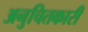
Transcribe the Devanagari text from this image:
अनुचितकारी